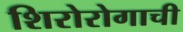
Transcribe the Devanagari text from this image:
शिरोरोगाची